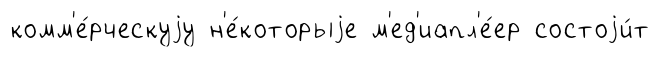
комм'е́рческуjу н'е́которыjе м'ед'иапл'е́ер состоjи́т